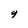
Character: 9